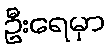
ဦးရေမှာ